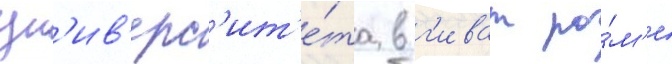
ун'ив'ерс'ит'е́та в г'иват ра́м'е